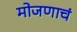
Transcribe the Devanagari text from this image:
मोजणाचं